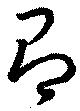
有